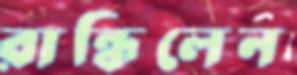
রান্ধিলেন